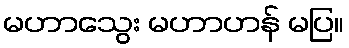
မဟာသွေး မဟာဟန် မပြ။